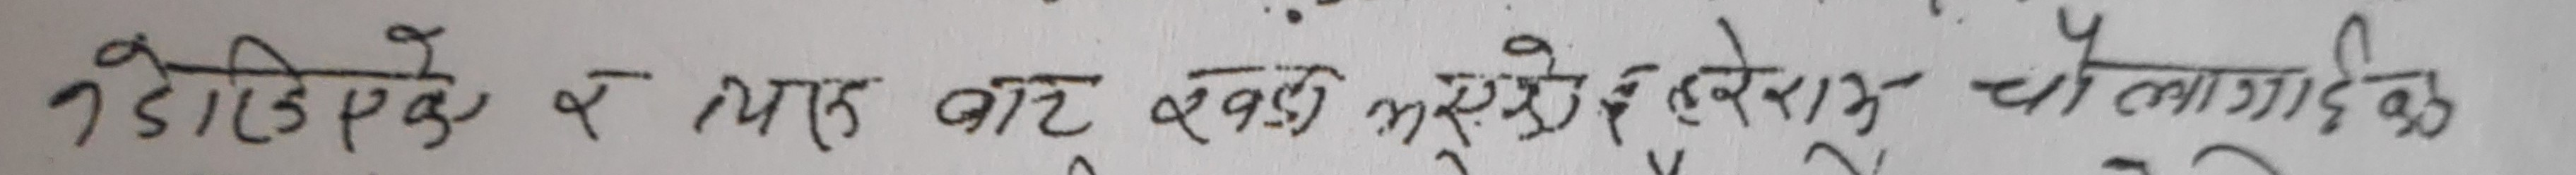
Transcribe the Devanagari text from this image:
नडिएके र याहा बाट खर्च भएसको हेरेर चौ लागाइने छ।